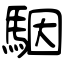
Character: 駰